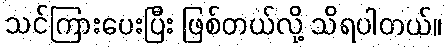
သင်ကြားပေးပြီး ဖြစ်တယ်လို့ သိရပါတယ်။